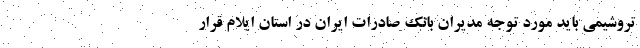
تروشیمی باید مورد توجه مدیران بانک صادرات ایران در استان ایلام قرار